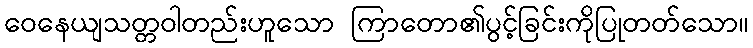
ဝေနေယျသတ္တဝါတည်းဟူသော ကြာတော၏ပွင့်ခြင်းကိုပြုတတ်သော။